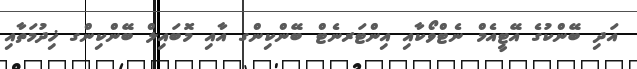
އަދި ބޭންކުގެ އޭޓީއެމް ނެޓްވޯކާއި އިންޓަރނެޓް ބޭންކިންގ އާއި މޮބައިލް ބޭންކިންގ ޚިދުމަތާއި